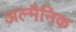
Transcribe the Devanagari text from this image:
अल्मैनिक